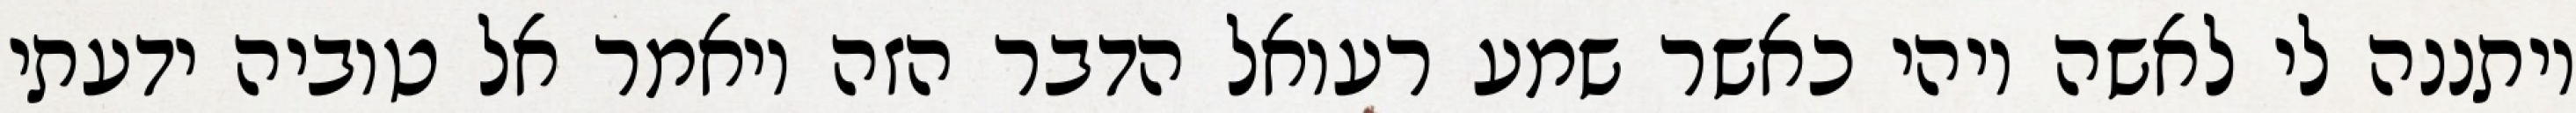
ויתננה לי לאשה ויהי כאשר שמע רעואל הדבר הזה ויאמר אל טוביה ידעתי